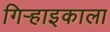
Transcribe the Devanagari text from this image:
गिऱ्हाइकाला